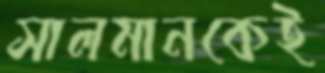
সালমানকেই